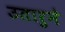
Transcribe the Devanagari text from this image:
उतारुने